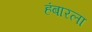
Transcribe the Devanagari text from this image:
हंबारला